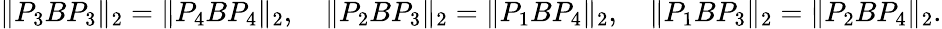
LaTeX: \| P_{3}BP_{3}\| _{2}=\| P_{4}BP_{4}\| _{2},\quad\| P_{2}BP_{3}\| _{2}=\| P_{1}BP_{4}\| _{2},\quad\| P_{1}BP_{3}\| _{2}=\| P_{2}BP_{4}\| _{2}.